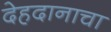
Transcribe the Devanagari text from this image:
देहदानाचा